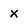
Character: x